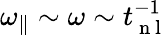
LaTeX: {\omega_{\parallel}}\sim\omega\sim t_{\mathrm{~n~l~}}^{-1}